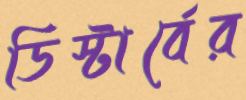
ডিস্টার্বের